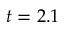
t = 2 . 1